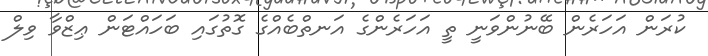
ކުރަން އަހަރެން ބޭނުންވަނީ ތީ އަހަރެންގެ އަނތްބެއްގެ ގޮތުގައި ބަހައްޓަން ޢިޒްވާ ވިލް